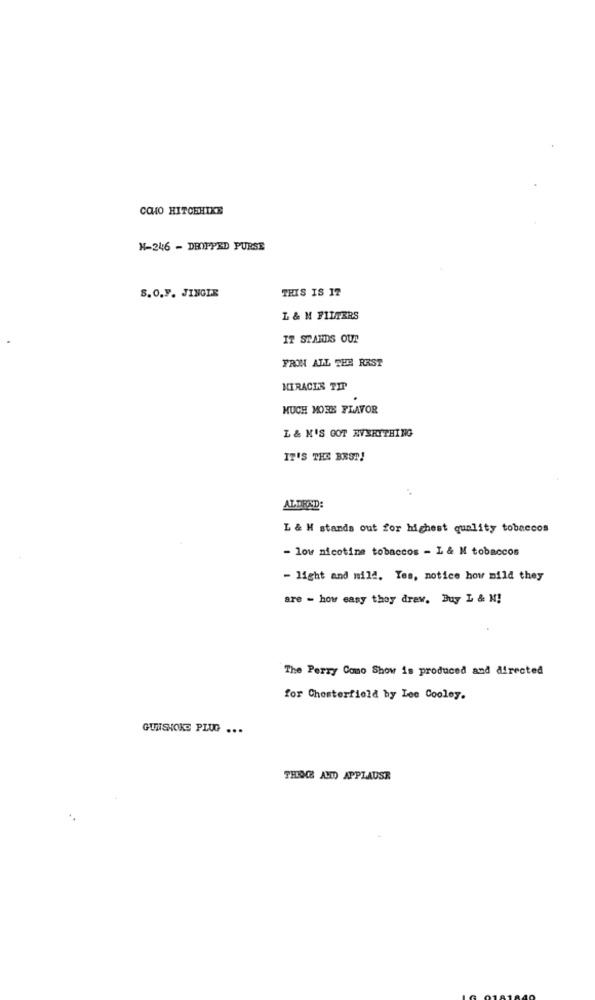
COMO HITCHHIKE
X-246 - DROPPED PURSE
S. O.F. JINGLE
THIS IS 17
L & M FILTERS
IT STANDS OUT
FROM ALL THE REST
MIRACER TIP
MUCH MORE FLAVOR
L & M'S GOT EVERYTHING
IT'S THE BEST!
ALDEND:
L & H stands out for highest quality tobaccos
- low nicotine tobaccos - L & M tobaccos
- light and mild. Yes, notice how mild they
are - how easy they draw, Buy L & M!
The Perry Como Show is produced and directed
for Chesterfield by Lee Cooley.
GUNSHOKS PLUG ...
THEGE AND APPLAUSR